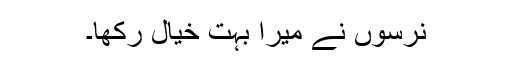
نرسوں نے میرا بہت خیال رکھا۔